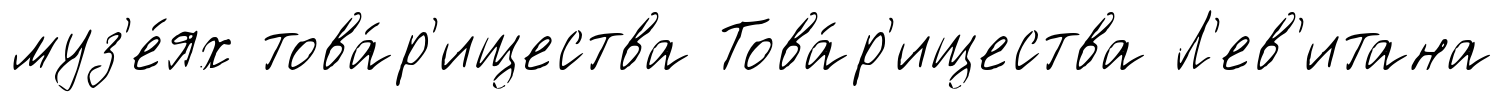
муз'е́ях това́р'ищества Това́р'ищества Л'ев'итана